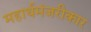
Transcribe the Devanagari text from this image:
महार्थमंजरीकार